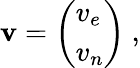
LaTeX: {\boldsymbol{\mathbf{v}}}={\left(\begin{array}{l}{v_{e}}\\ {v_{n}}\end{array}\right)}\ ,